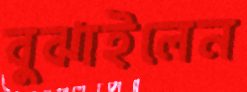
বুঝাইলেন